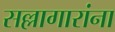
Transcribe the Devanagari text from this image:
सल्लागारांना